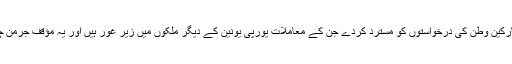
ان کی جماعت کا مؤقف ہے کہ حکومت ایسے تارکین وطن کی درخواستوں کو مسترد کردے جن کے معاملات یورپی یونین کے دیگر ملکوں میں زیر غور ہیں اور یہ مؤقف جرمن چانسلر کی پالیسیوں سے مطابقت نہیں رکھتا ہے۔